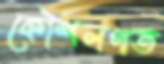
কৌশলগত